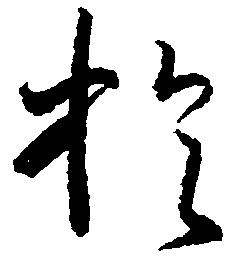
於